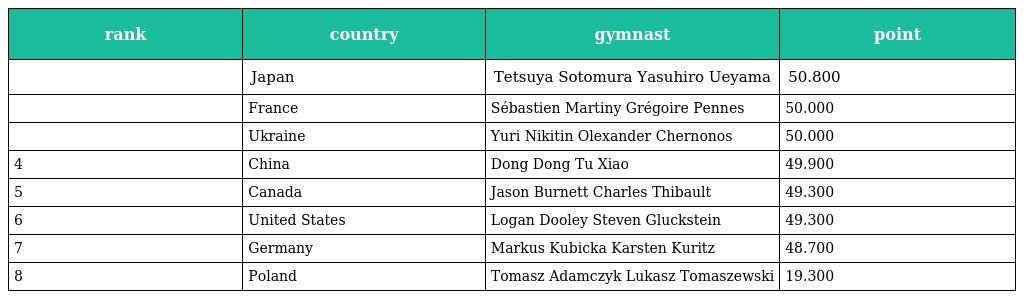
| rank | country | gymnast | point |
 | --- | --- | --- | --- |
 |  | Japan | Tetsuya Sotomura Yasuhiro Ueyama | 50.800 |
 |  | France | Sébastien Martiny Grégoire Pennes | 50.000 |
 |  | Ukraine | Yuri Nikitin Olexander Chernonos | 50.000 |
 | 4 | China | Dong Dong Tu Xiao | 49.900 |
 | 5 | Canada | Jason Burnett Charles Thibault | 49.300 |
 | 6 | United States | Logan Dooley Steven Gluckstein | 49.300 |
 | 7 | Germany | Markus Kubicka Karsten Kuritz | 48.700 |
 | 8 | Poland | Tomasz Adamczyk Lukasz Tomaszewski | 19.300 |